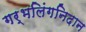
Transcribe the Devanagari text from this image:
गर्भलिंगनिदान